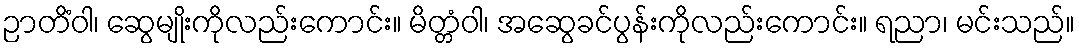
ဉာတိံဝါ၊ ဆွေမျိုးကိုလည်းကောင်း။ မိတ္တံဝါ၊ အဆွေခင်ပွန်းကိုလည်းကောင်း။ ရညာ၊ မင်းသည်။